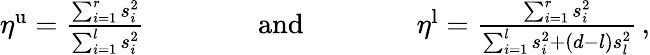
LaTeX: \begin{array}{r}{\eta^{\mathrm{u}}=\frac{\sum_{i=1}^{r}s_{i}^{2}}{\sum_{i=1}^{l}s_{i}^{2}}\qquad\qquad\mathrm{and}\qquad\qquad\eta^{\mathrm{l}}=\frac{\sum_{i=1}^{r}s_{i}^{2}}{\sum_{i=1}^{l}s_{i}^{2}+(d-l)s_{l}^{2}}\, ,}\end{array}